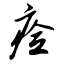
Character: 痊